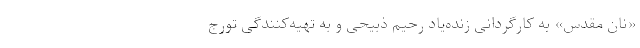
«نان مقدس» به کارگردانی زنده‌یاد رحیم ذبیحی و به تهیه‌کنندگی تورج